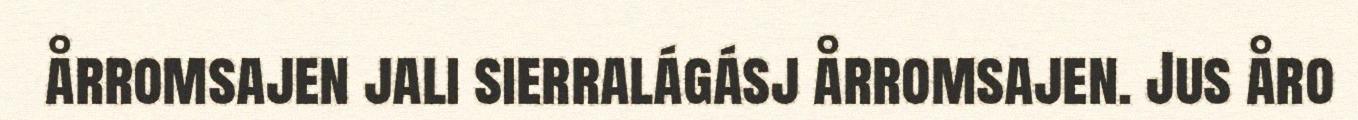
årromsajen jali sierralágásj årromsajen. Jus åro